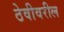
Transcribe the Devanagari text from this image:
ठेवीवरील